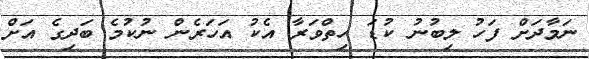
ނަމާދަށް ފަހު ލިބުނު ކުޑަ ހިތްވަރާ އެކު އަހަރެން ނުކުމެ ބަދިގެ އަށް